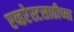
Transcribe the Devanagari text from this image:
एव्हरेस्टसाठीच्या